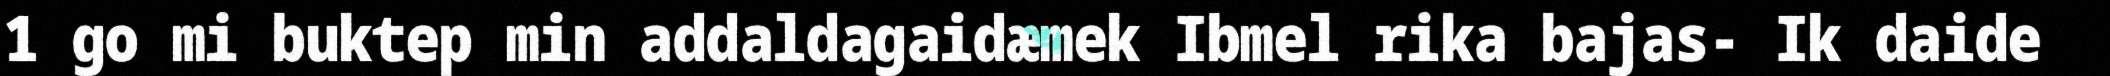
1 go mi buktep min addaldagaidæmek Ibmel rika bajas- Ik daide